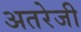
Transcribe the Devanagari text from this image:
अतरेजी